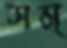
সম্